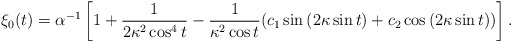
\begin{align*}\xi_{0}(t)= \alpha^{-1}\left[ 1+\frac{1}{2\kappa^{2}\cos^{4}{t}} -\frac{1}{\kappa^{2}\cos{t}}(c_{1}\sin{(2\kappa\sin{t})} +c_{2}\cos{(2\kappa\sin{t})})\right].\end{align*}